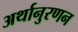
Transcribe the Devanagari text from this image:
अर्थानुरणन